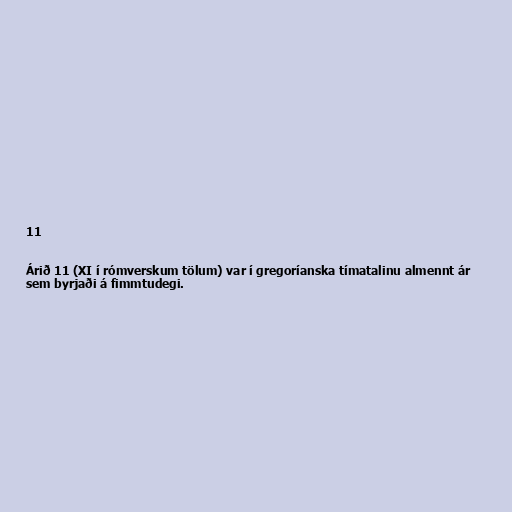
11

Árið 11 (XI í rómverskum tölum) var í gregoríanska tímatalinu almennt ár
sem byrjaði á fimmtudegi.